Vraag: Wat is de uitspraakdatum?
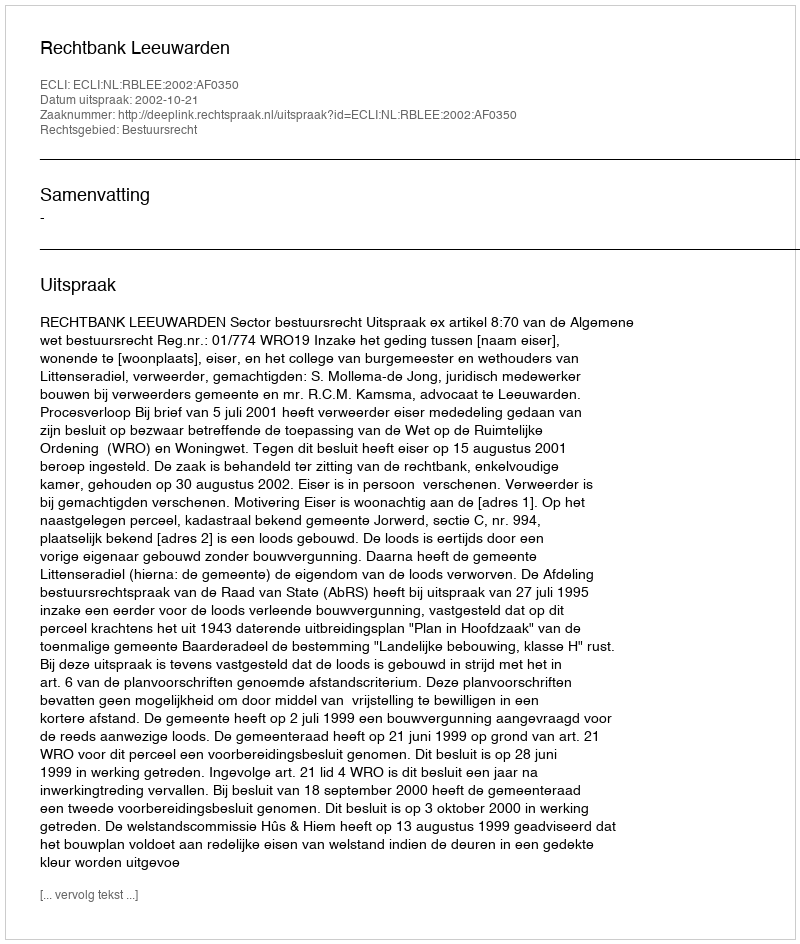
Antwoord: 2002-10-21